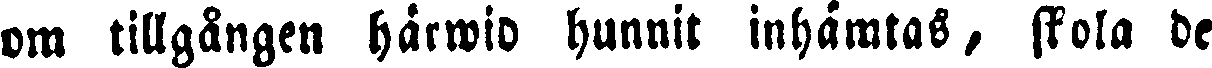
om tillgången härwid hunnit inhämtas, skola de